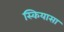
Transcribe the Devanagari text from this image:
स्कियासा